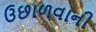
ઉછાળવાની